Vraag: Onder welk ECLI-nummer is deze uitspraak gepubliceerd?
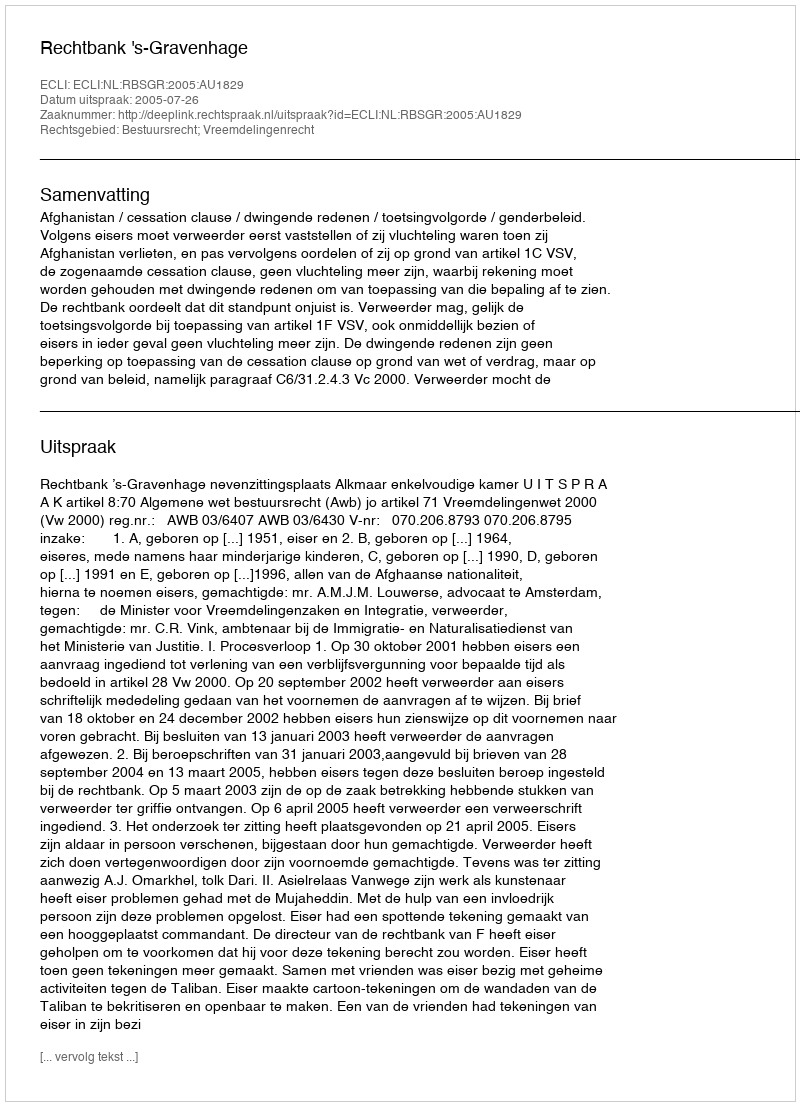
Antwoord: ECLI:NL:RBSGR:2005:AU1829